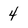
Character: 4